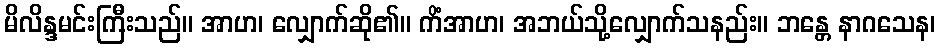
မိလိန္ဒမင်းကြီးသည်။ အာဟ၊ လျှောက်ဆို၏။ ကိံအာဟ၊ အဘယ်သို့လျှောက်သနည်း။ ဘန္တေ နာဂသေန၊